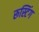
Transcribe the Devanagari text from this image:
रूस्टिंग